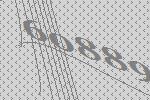
60889